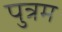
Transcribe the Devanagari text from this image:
पुत्रम